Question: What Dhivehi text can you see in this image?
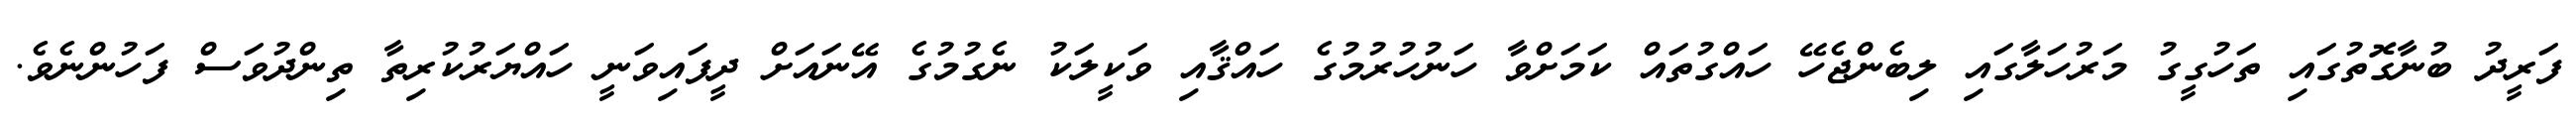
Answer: ފަރީދު ބުނާގޮތުގައި ތަހުގީގު މަރުހަލާގައި ލިބެންޖެހޭ ހައްގުތައް ކަމަށްވާ ހަނުހުރުމުގެ ހައްޤާއި ވަކީލަކު ނެގުމުގެ އޭނައަށް ދީފައިވަނީ ހައްޔަރުކުރިތާ ތިންދުވަސް ފަހުންނެވެ.